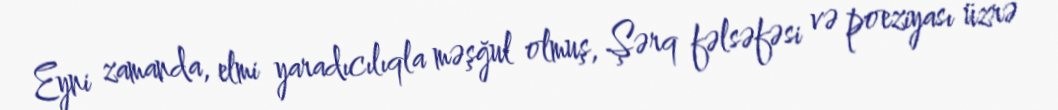
Eyni zamanda, elmi yaradıcılıqla məşğul olmuş, Şərq fəlsəfəsi və poeziyası üzrə